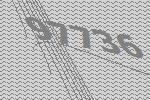
97736